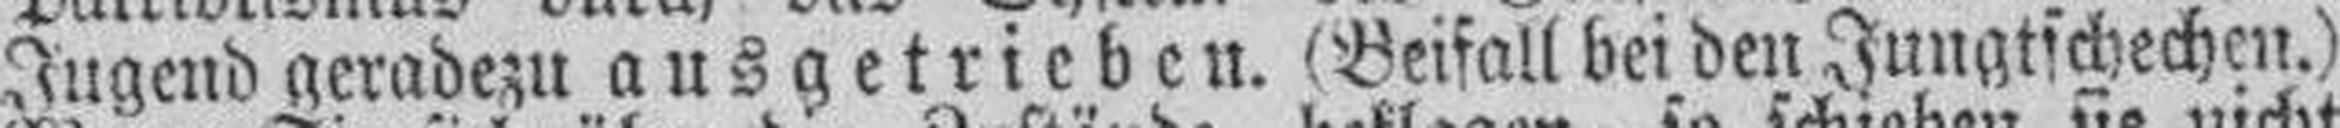
Jugend geradezu ausgetrieben. (Beifall bei den Jungtschechen.)